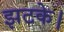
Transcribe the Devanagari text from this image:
झटके।